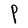
Character: P